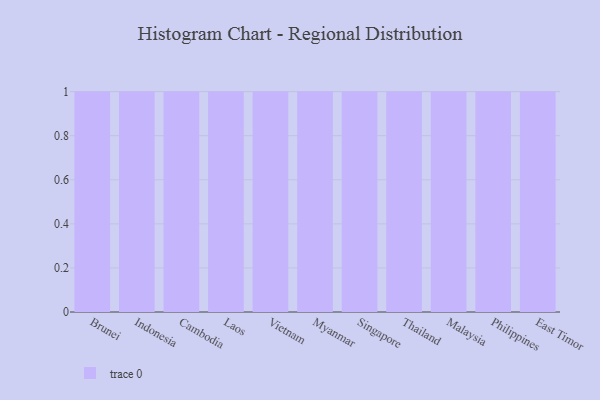
{"axis": {"x": "Country", "y": "Tickets Resolved"}, "legend": [""], "data": [{"x": "Brunei", "y": 66, "type": ""}, {"x": "Indonesia", "y": 4, "type": ""}, {"x": "Cambodia", "y": 58, "type": ""}, {"x": "Laos", "y": 58, "type": ""}, {"x": "Vietnam", "y": 18, "type": ""}, {"x": "Myanmar", "y": 31, "type": ""}, {"x": "Singapore", "y": 60, "type": ""}, {"x": "Thailand", "y": 29, "type": ""}, {"x": "Malaysia", "y": 60, "type": ""}, {"x": "Philippines", "y": 32, "type": ""}, {"x": "East Timor", "y": 31, "type": ""}]}